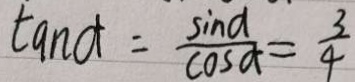
\tan a = \frac { \sin \alpha } { \cos \alpha } = \frac { 3 } { 4 }